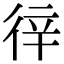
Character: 𢓫